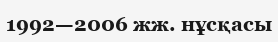
1992—2006 жж. нұсқасы